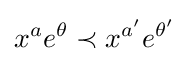
x^{a}e^{\theta }\prec x^{a'}e^{\theta '}